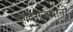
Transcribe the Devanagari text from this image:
कांदेराजधानी